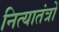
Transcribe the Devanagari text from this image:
नित्यातंत्रों